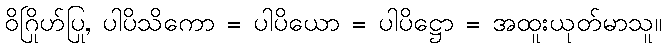
ဝိဂြိုဟ်ပြု, ပါပိသိကော = ပါပိယော = ပါပိဋ္ဌော = အထူးယုတ်မာသူ။